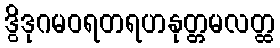
ဒွိဒုဂမဝရတရဟနုတ္တမလတ္ထ